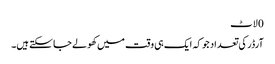
0 لاٹ
آرڈر کی تعداد جو کہ ایک ہی وقت میں کھولے جا سکتے ہیں۔